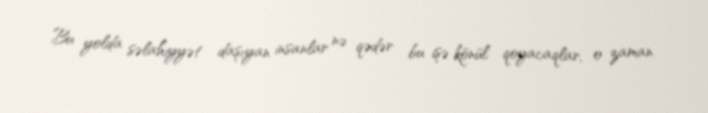
Bu yolda səlahiyyət daşıyan insanlar nə qədər bu işə könül qoyacaqlar, o zaman